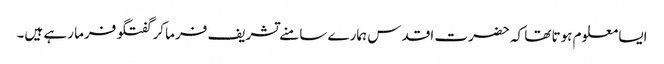
ایسا معلوم ہوتا تھا کہ حضرت اقدس ہمارے سامنے تشریف فرما کر گفتگو فرما رہے ہیں۔